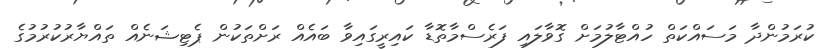
ކުރަމުންދާ މަސައްކަތް ހުއްޓާލުމަށް ގޮވާލައި ފަރެސްމާތޮޑާ ކައިރީގައިވާ ބައެއް ރަށްތަކުން ޕެޓިޝަނެއް ތައްޔާރުކުރުމުގެ